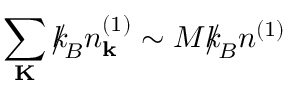
\sum _ { \bf K } { \slash \! \! \! k } _ { \! { B } } n _ { \bf k } ^ { ( 1 ) } \sim M { \slash \! \! \! k } _ { \! { B } } n ^ { ( 1 ) }